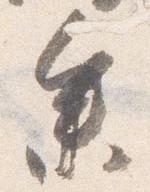
参